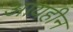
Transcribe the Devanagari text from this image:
आयहीन